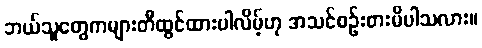
ဘယ်သူတွေကများတီထွင်ထားပါလိမ့်ဟု အသင်စဉ်းစားမိပါသလား။